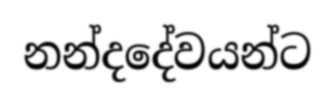
නන්දදේවයන්ට